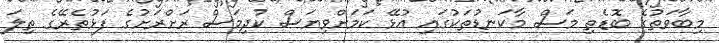
މިބާވަތުގެ ބޮޑެތި މަސް މާކަނޑުތަކުގައި އުޅޭ ކަމަށްވިޔަސް ކުދިމަސް ރަށްރަށުގެ ފަޅުތެރޭގެ ތިލަ